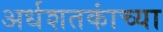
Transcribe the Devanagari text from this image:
अर्धशतकांच्या